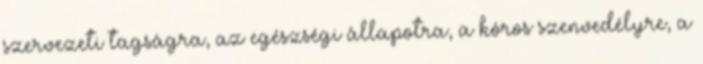
szervezeti tagságra, az egészségi állapotra, a kóros szenvedélyre, a